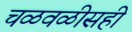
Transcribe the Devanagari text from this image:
चळवळीसही